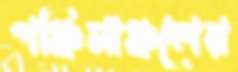
পঞ্চিমাঞ্চলের